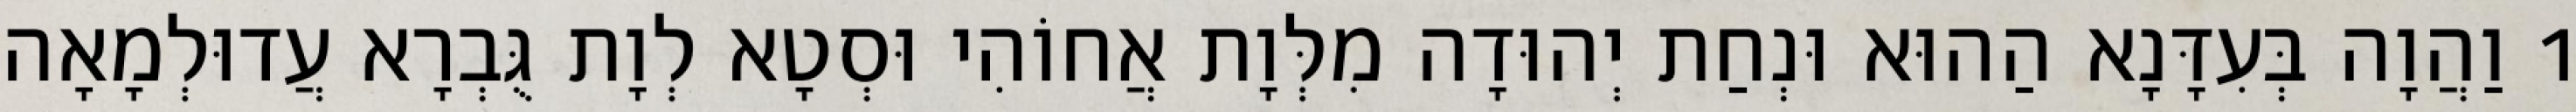
1 וַהֲוָה בְּעִדָּנָא הַהוּא וּנְחַת יְהוּדָה מִלְּוָת אֲחוֹהִי וּסְטָא לְוָת גֻּבְרָא עֲדוּלְמָאָה